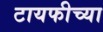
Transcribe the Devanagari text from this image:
टायफीच्या